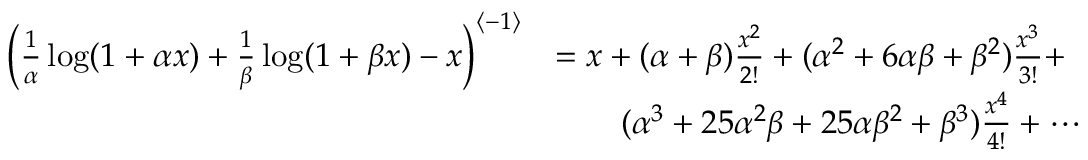
\begin{array} { r l } { \left( \frac { 1 } { \alpha } \log ( 1 + \alpha x ) + \frac { 1 } { \beta } \log ( 1 + \beta x ) - x \right) ^ { \left< - 1 \right> } } & { = x + ( \alpha + \beta ) \frac { x ^ { 2 } } { 2 ! } + ( \alpha ^ { 2 } + 6 \alpha \beta + \beta ^ { 2 } ) \frac { x ^ { 3 } } { 3 ! } + } \\ & { \qquad ( \alpha ^ { 3 } + 2 5 \alpha ^ { 2 } \beta + 2 5 \alpha \beta ^ { 2 } + \beta ^ { 3 } ) \frac { x ^ { 4 } } { 4 ! } + \cdots } \end{array}